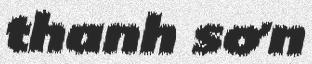
thanh sơn